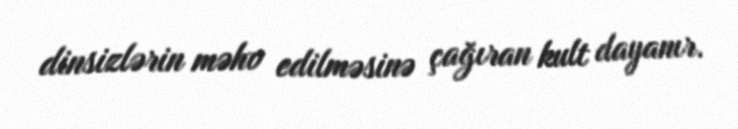
dinsizlərin məhv edilməsinə çağıran kult dayanır.